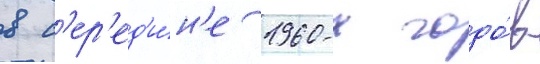
в с'ер'ед'и́н'е 1960-х годо́в